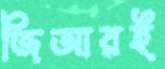
জিআরই